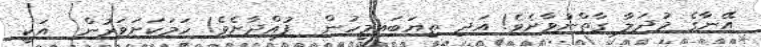
އޭނާގެ މުދަލާ ގާތްނުވާށެވެ! އަދި ތިޔަބައިމީހުން  ފުއްދާށެވެ! ހަމަކަށަވަރުން  އަކީ